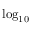
\log _ { 1 0 }